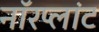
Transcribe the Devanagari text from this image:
नॉरप्लांट